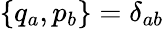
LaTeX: \{ q_{a},p_{b}\} =\delta_{ab}